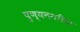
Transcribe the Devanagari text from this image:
पुण्यनगरीला